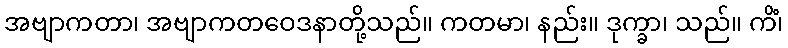
အဗျာကတာ၊ အဗျာကတဝေဒနာတို့သည်။ ကတမာ၊ နည်း။ ဒုက္ခာ၊ သည်။ ကိံ၊